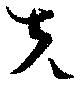
克